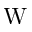
\mathrm { W }